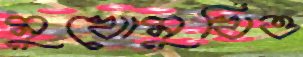
মুখোমুখিও